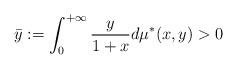
LaTeX: \begin{align*}\bar{y} := \int_0^{+ \infty} \frac{y}{1+x}d \mu^*(x,y) > 0\end{align*}